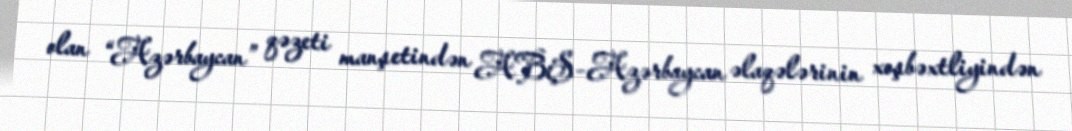
olan “Azərbaycan” qəzeti manşetindən ABŞ-Azərbaycan əlaqələrinin xoşbəxtliyindən